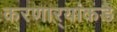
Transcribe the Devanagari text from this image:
करणाऱ्यांकडे